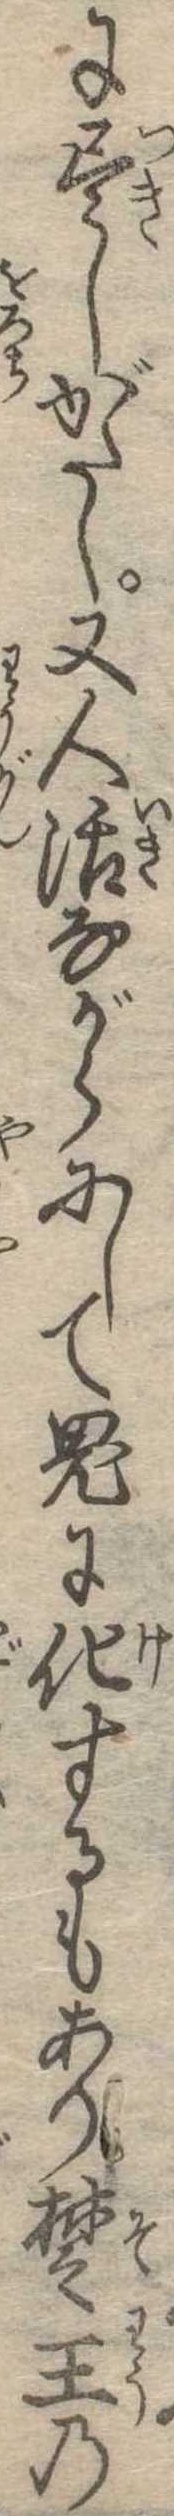
に尽しがたし又人活ながらにして鬼に化するもあり楚王の